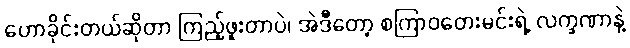
ဟောခိုင်းတယ်ဆိုတာ ကြည့်ဖူးတာပဲ၊ အဲဒီတော့ စကြာဝတေးမင်းရဲ့ လက္ခဏာနဲ့